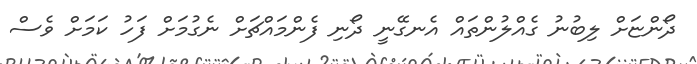
ދޯންޏަށް ލިބުނު ގެއްލުންތައް އެނގޭނީ ދޯނި ފެންމައްޗަށް ނެގުމަށް ފަހު ކަމަށް ވެސް